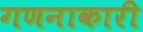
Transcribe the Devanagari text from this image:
गणनाकारी